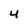
Character: 4